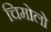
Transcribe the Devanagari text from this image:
चिमोलो